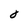
Character: 0